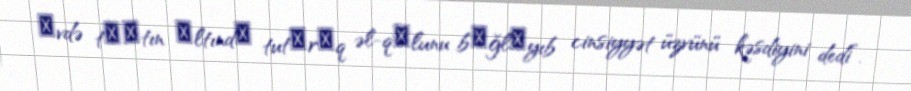
еvdə tахtın аltındа tutаrаq əl-qоlunu bаğlаyıb cinsiyyət üzvünü kəsdiyini dedi”.